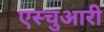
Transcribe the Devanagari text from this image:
एस्चुआरी